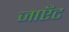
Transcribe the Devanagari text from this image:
जाएँट